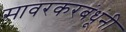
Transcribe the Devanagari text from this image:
सावरकरबंधूंनी